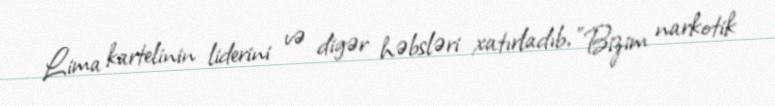
Lima kartelinin liderini və digər həbsləri xatırladıb, "Bizim narkotik